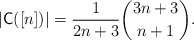
\begin{align*}|\mathsf{C}([n])| = \dfrac{1}{2n+3} \binom{3n+3}{n+1}.\end{align*}